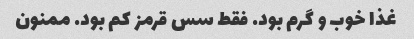
غذا خوب و گرم بود. فقط سس قرمز کم بود. ممنون